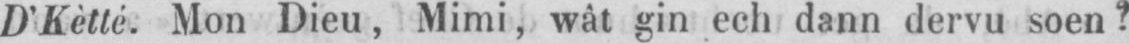
D’Kètté. Mon Dieu, Mimi, wât gin ech dann dervu soen?